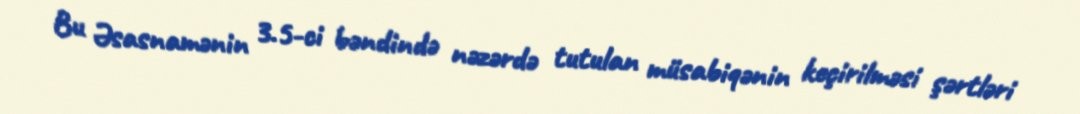
Bu Əsasnamənin 3.5-ci bəndində nəzərdə tutulan müsabiqənin keçirilməsi şərtləri